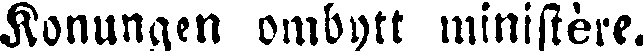
Konungen ombytt ministère.